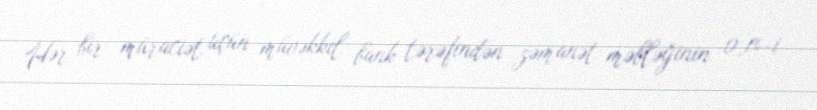
Hər bir müraciət üçün müvəkkil bank tərəfindən zəmanət məbləğinin 0,1%-i